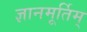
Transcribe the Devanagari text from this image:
ज्ञानमूर्तिम्